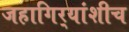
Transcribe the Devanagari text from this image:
जहागिर्‍यांशीच